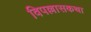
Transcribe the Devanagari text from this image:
विपल्लासकथा